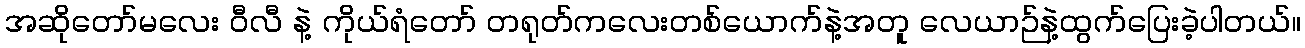
အဆိုတော်မလေး ဝီလီ နဲ့ ကိုယ်ရံတော် တရုတ်ကလေးတစ်ယောက်နဲ့အတူ လေယာဉ်နဲ့ထွက်ပြေးခဲ့ပါတယ်။